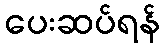
ပေးဆပ်ရန်